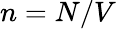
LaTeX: n=N/V